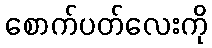
စောက်ပတ်လေးကို